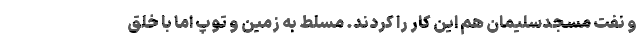
و نفت مسجدسلیمان هم این کار را کردند. مسلط به زمین و توپ اما با خلق